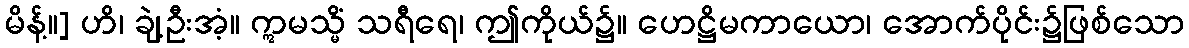
မိန့်။] ဟိ၊ ချဲ့ဦးအံ့။ ဣမသ္မိံ သရီရေ၊ ဤကိုယ်၌။ ဟေဋ္ဌိမကာယော၊ အောက်ပိုင်း၌ဖြစ်သော